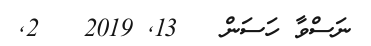
ނަސްވާ ހަސަން   13